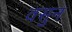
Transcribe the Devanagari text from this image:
वसुन